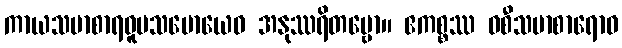
ကာယသမာစာရဝူပသမောယေဝ အနုဿရိတဗ္ဗော။ ဧကစ္စဿ ဝစီသမာစာရောဝ